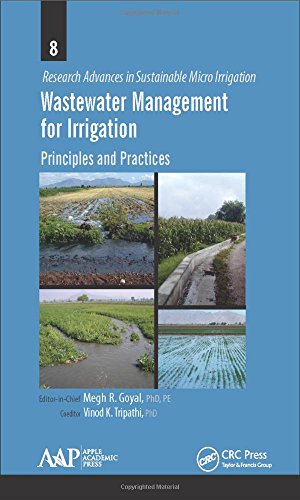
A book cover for Wastewater Management for Irrigation: Principles and Practices (Research Advances in Sustainable Micro Irrigation); Science & Math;